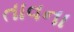
તાવના